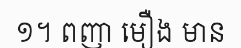
១។ ពញា មឿង មាន